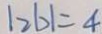
\vert 2 b \vert = 4